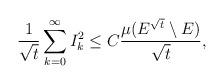
LaTeX: \begin{align*} \frac{1}{\sqrt{t}}\sum_{k=0}^{\infty} I_k^2\le C \frac{\mu(E^{\sqrt{t}}\setminus E)}{\sqrt{t}},\end{align*}